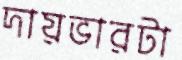
দায়ভারটা